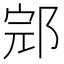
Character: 𰻬